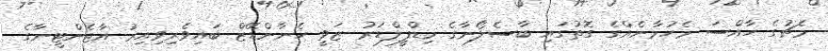
މެޗުގެ ހާއްސަ މެހުމާނެއްގެ ގޮތުގައި ބާސެލޯނާގެ މިޑްފީލްޑަރު ޒަވީ ހެނާންޑޭޒް ބައިވެރިވިއިރު އާޖެންޓީނާގެ